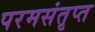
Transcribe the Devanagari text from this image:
परमसंतृप्त